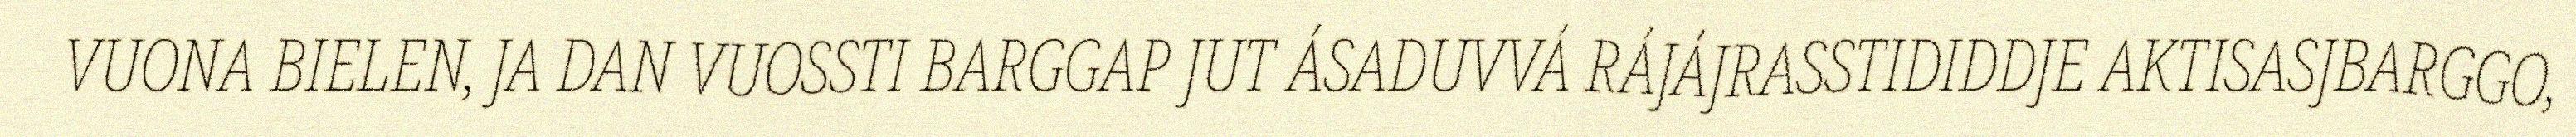
VUONA BIELEN, JA DAN VUOSSTI BARGGAP JUT ÁSADUVVÁ RÁJÁJRASSTIDIDDJE AKTISASJBARGGO,